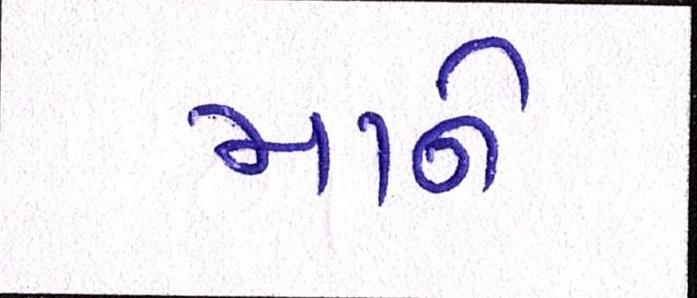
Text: માને